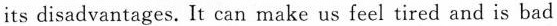
its disadvantages. It can make us feel tired and is bad